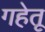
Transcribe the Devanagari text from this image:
गहेतू